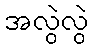
အလွဲလွဲ